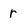
Character: r